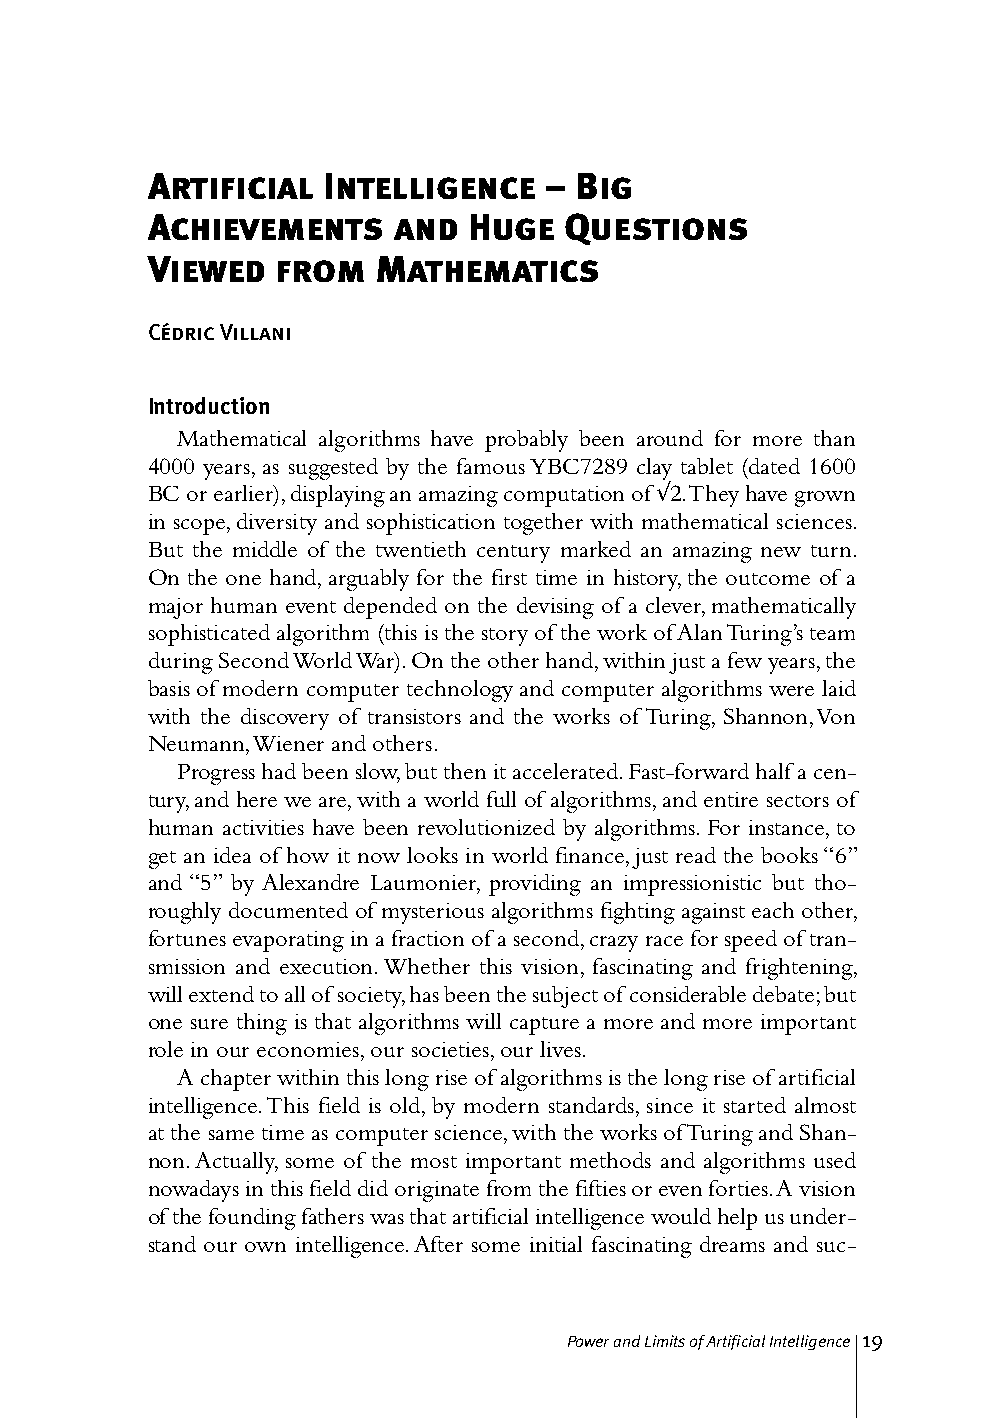
Artificial Intelligence   – Big
 Achievements    and  Huge  Questions
 Viewed  from   Mathematics
 Cédric Villani
 Introduction
 Mathematical algorithms have probably been around for more than
 4000 years, as suggested by the famous YBC7289 clay tablet (dated 1600
 BC or earlier), displaying an amazing computation of √2. They have grown
 in scope, diversity and sophistication together with mathematical sciences.
 But the middle of the twentieth century marked an amazing new turn.
 On the one hand, arguably for the first time in history, the outcome of a
 major human event depended on the devising of a clever, mathematically
 sophisticated algorithm (this is the story of the work of Alan Turing’s team
 during Second World War). On the other hand, within just a few years, the
 basis of modern computer technology and computer algorithms were laid
 with the discovery of transistors and the works of Turing, Shannon, Von
 Neumann, Wiener and others.
 Progress had been slow, but then it accelerated. Fast-forward half a cen-
 tury, and here we are, with a world full of algorithms, and entire sectors of
 human activities have been revolutionized by algorithms. For instance, to
 get an idea of how it now looks in world finance, just read the books “6”
 and “5” by Alexandre Laumonier, providing an impressionistic but tho-
 roughly documented of mysterious algorithms fighting against each other,
 fortunes evaporating in a fraction of a second, crazy race for speed of tran-
 smission and execution. Whether this vision, fascinating and frightening,
 will extend to all of society, has been the subject of considerable debate; but
 one sure thing is that algorithms will capture a more and more important
 role in our economies, our societies, our lives.
 A chapter within this long rise of algorithms is the long rise of artificial
 intelligence. This field is old, by modern standards, since it started almost
 at the same time as computer science, with the works of Turing and Shan-
 non. Actually, some of the most important methods and algorithms used
 nowadays in this field did originate from the fifties or even forties. A vision
 of the founding fathers was that artificial intelligence would help us under-
 stand our own intelligence. After some initial fascinating dreams and suc-
 Power and Limits of Artificial Intelligence 19